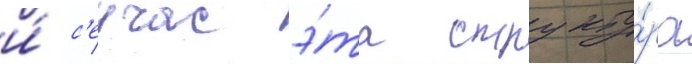
и́ с'еичас э́та структу́ра